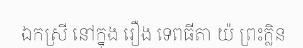
ឯកស្រី នៅក្នុង រឿង ទេពធីតា យ៉ ព្រះក្លិន